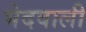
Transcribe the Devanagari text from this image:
भेदवाली